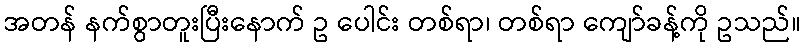
အတန် နက်စွာတူးပြီးနောက် ဥ ပေါင်း တစ်ရာ၊ တစ်ရာ ကျော်ခန့်ကို ဥသည်။